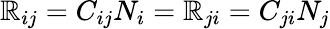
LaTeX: \mathbb{R}_{ij}=C_{ij}N_{i}=\mathbb{R}_{ji}=C_{ji}N_{j}